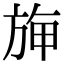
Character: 𣃻